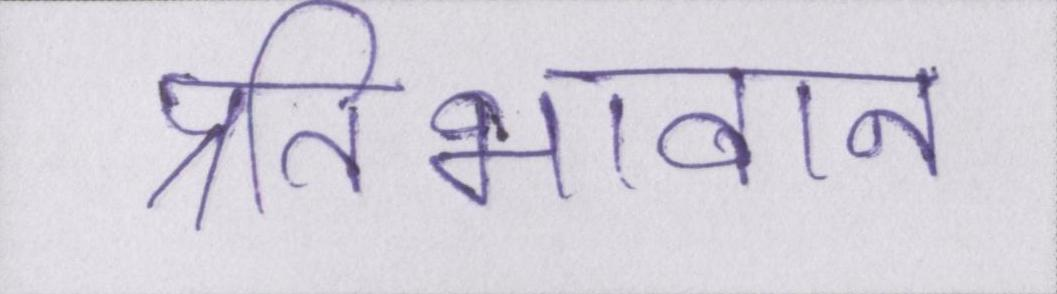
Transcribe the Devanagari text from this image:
प्रतिभावान